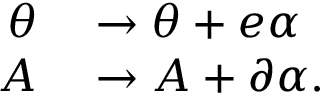
\begin{array} { r l } { \theta } & { { } \rightarrow \theta + e \alpha \, } \\ { A } & { { } \rightarrow A + \partial \alpha . } \end{array}